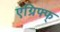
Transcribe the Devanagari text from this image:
एग्रिफ्फ्